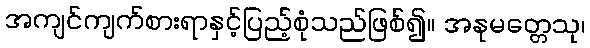
အကျင်ကျက်စားရာနှင့်ပြည့်စုံသည်ဖြစ်၍။ အနုမတ္တေသု၊